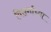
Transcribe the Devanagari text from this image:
विसर्गाच्या